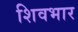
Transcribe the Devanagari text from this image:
शिवभार